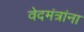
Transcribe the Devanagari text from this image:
वेदमंत्रांना